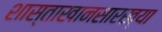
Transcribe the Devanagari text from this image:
शास्ताखानसारख्या